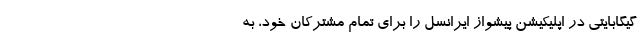
گیگابایتی در اپلیکیشن پیشواز ایرانسل را برای تمام مشترکان خود، به